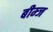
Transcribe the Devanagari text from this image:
बीम्ज